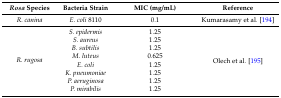
| Rosa Species | Bacteria Strain | MIC (mg/mL) | Reference |
 | --- | --- | --- | --- |
 | R. canina | E. coli 8110 | 0.1 | Kumarasamy et al. [194] |
 | <ROWSPAN=8> R. rugosa | S. epidermis | 1.25 | <ROWSPAN=8> Olech et al. [195] |
 | S. aureus | 1.25 |
 | B. subtilis | 1.25 |
 | M. luteus | 0.625 |
 | E. coli | 1.25 |
 | K. pneumoniae | 1.25 |
 | P. aeruginosa | 1.25 |
 | P. mirabilis | 1.25 |